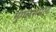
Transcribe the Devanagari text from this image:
मुगलसम्राट